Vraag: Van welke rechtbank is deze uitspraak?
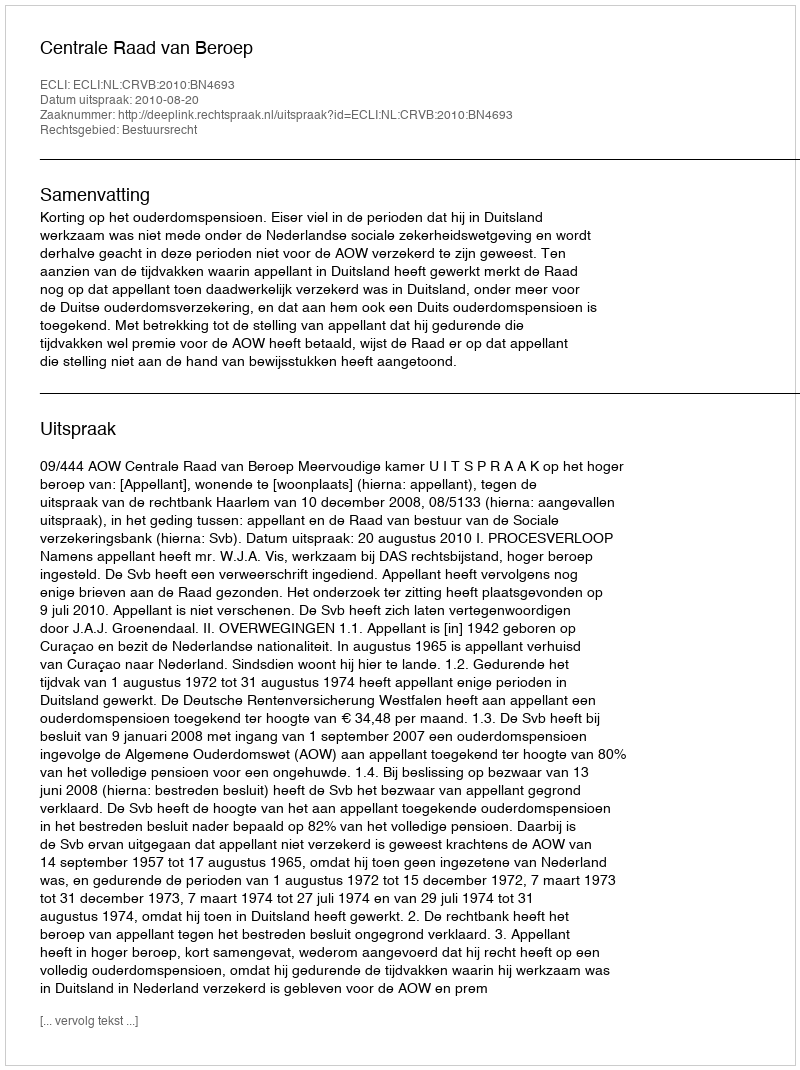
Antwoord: Centrale Raad van Beroep